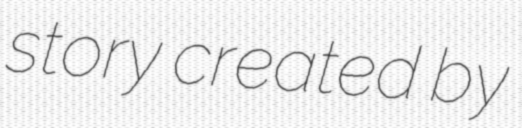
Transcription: story created by